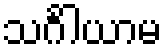
သင်္ဂါယာမ